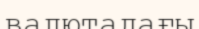
валютадағы